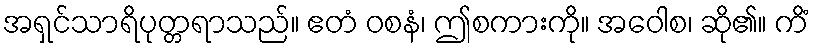
အရှင်သာရိပုတ္တရာသည်။ ဧတံ ဝစနံ၊ ဤစကားကို။ အဝေါစ၊ ဆို၏။ ကိံ